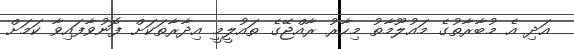
އަދި އެ މުބާރާތުގެ މައުލޫމާތު މިހާރު ރާއްޖޭގެ ތައުލީމީ އިދާރާތަކަށް ފޮނުވާފައިވާ ކަމަށް